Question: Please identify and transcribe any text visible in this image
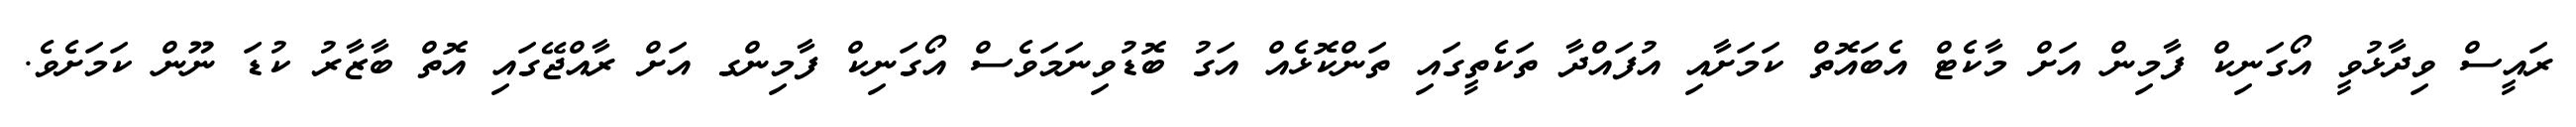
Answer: ރައީސް ވިދާޅުވީ އޯގަނިކް ފާމިން އަށް މާކެޓް އެބައޮތް ކަމަށާއި އުފައްދާ ތަކެތީގައި ތަންކޮޅެއް އަގު ބޮޑުވިނަމަވެސް އޯގަނިކް ފާމިންގ އަށް ރާއްޖޭގައި އޮތް ބާޒާރު ކުޑަ ނޫން ކަމަށެވެ.